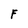
Character: F